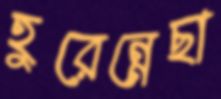
হুরেন্নেছা